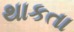
થાકતા